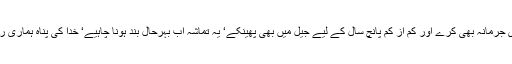
ریاست پوری طاقت کے ساتھ سڑک بھی کھولے‘ مجرموں کو بھاری جرمانہ بھی کرے اور کم از کم پانچ سال کے لیے جیل میں بھی پھینکے‘ یہ تماشہ اب بہرحال بند ہونا چاہیے‘ خدا کی پناہ ہماری ریاست اگر سڑک نہیں کھلوا سکتی تو پھر یہ ریاست کس نام کی ہے؟